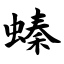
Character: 螓